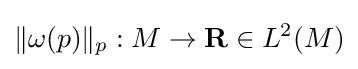
\|\omega (p)\|_{p}:M\to \mathbf {R} \in L^{2}(M)